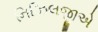
નિઝિલજીએ